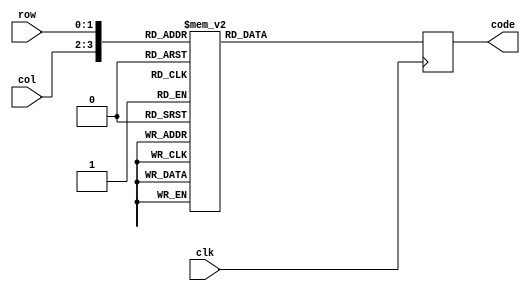
`timescale 1ns / 1ps

module Row(
    input clk,
    input wire [1:0] row,
    input wire [1:0] col,   
    output reg [3:0] code
    );
    always @(posedge clk) begin
    case ({col,row})
            4'b00_00: code = 0; 
            4'b00_01: code = 1;
            4'b00_10: code = 2; 
            4'b00_11: code = 3;
            4'b01_00: code = 4; 
            4'b01_01: code = 5;
            4'b01_10: code = 6;
            4'b01_11: code = 7;
            4'b10_00: code = 8;
            4'b10_01: code = 9;
            4'b10_10: code = 10;        
            4'b10_11: code = 11;        
            4'b11_00: code = 12;        
            4'b11_01: code = 13;      
            4'b11_10: code = 14;        
            4'b11_11: code = 15;        
      endcase     
    end
endmodule